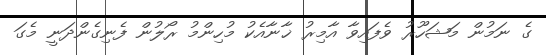
ގެ ނަމުން މަޝަހޫރު ވެފައިވާ އާމިރު ޚާނާއެކު މުހިންމު ރޯލުން ފެނިގެންދަނީ މެގަ